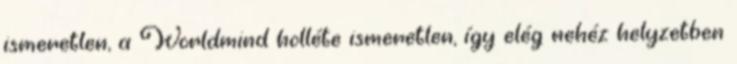
ismeretlen, a Worldmind holléte ismeretlen, így elég nehéz helyzetben